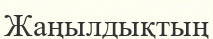
Жаңылдықтың